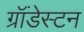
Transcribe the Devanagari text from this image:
ग्रॉंडेस्टन